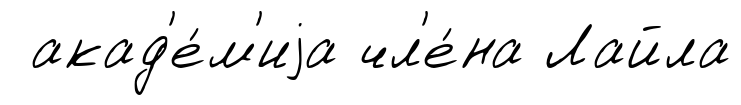
акад'е́м'иjа чл'е́на Лайла